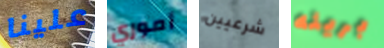
علينا أموري شرعيين بريئه